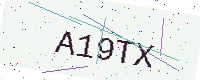
Text: A19TX